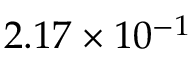
2 . 1 7 \times 1 0 ^ { - 1 }